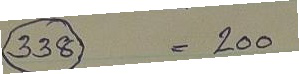
338 = 200